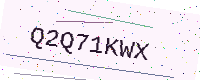
Text: Q2Q71KWX